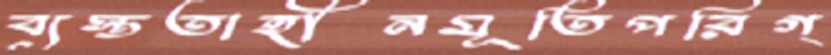
ব্যস্ততাহীনমূতিপরিগ্